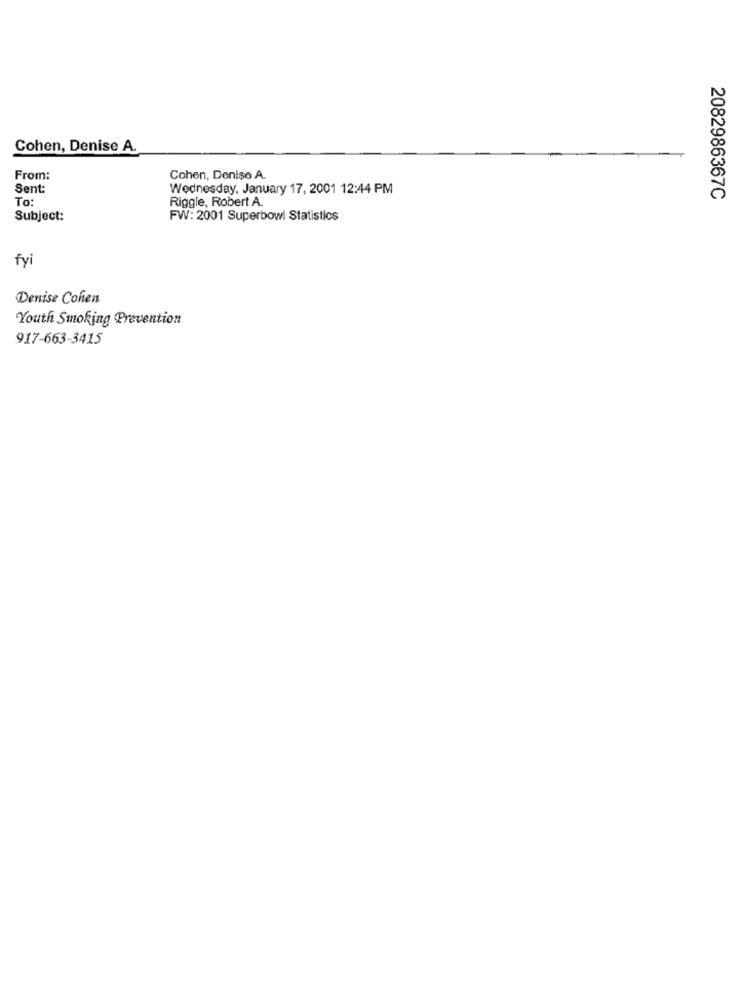
Cohen, Denise A.
From:
Cohen, Deniso A.
Sent:
Wednesday, January 17, 2001 12:44 PM
To:
Riggle, Robert A.
2082986367C
Subject:
FW: 2001 Superbowl Statistics
fyi
Denise Cohen
Youth Smoking Prevention
917-663-3415